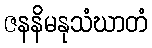
ဇနနိမနုသံဃာတံ